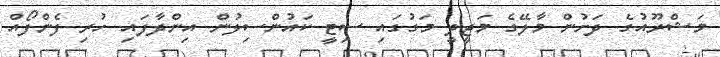
މަޝްރޫއުގެ ދަށުން މާލޭގެ މަޖީދީ މަގުގައި ސިޓީ ކައުންސިލުން އިންދާފައި ހުރި ފެންފޯއް